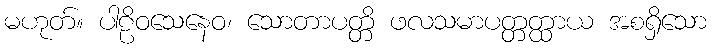
မဟုတ်။ ပါဠိဝသေနေဝ၊ သောတာပတ္တိ ဖလသမာပတ္တတ္ထာယ အစရှိသော